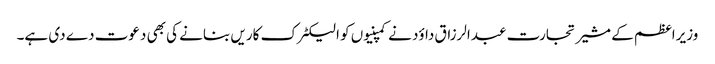
وزیراعظم کے مشیر تجارت عبدالرزاق داؤد نے کمپنیوں کو الیکٹرک کاریں بنانے کی بھی دعوت دے دی ہے۔